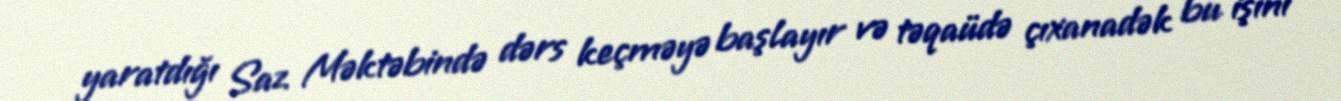
yaratdığı Saz Məktəbində dərs keçməyə başlayır və təqaüdə çıxanadək bu işini